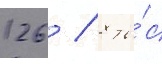
126 / 8 ты́с